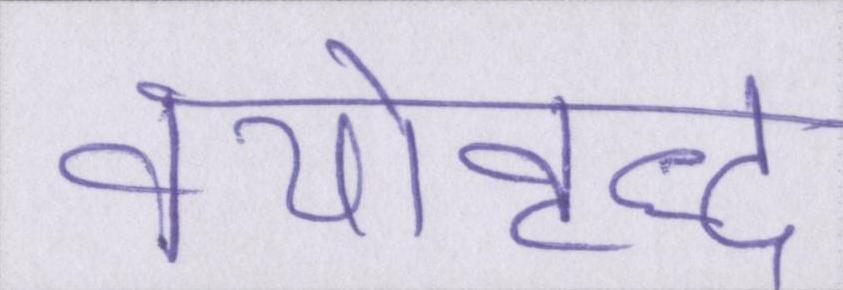
वयोवृद्ध